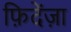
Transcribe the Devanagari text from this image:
फ़िदेंज़ा